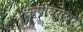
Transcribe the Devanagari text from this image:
ऋषीबरोबर